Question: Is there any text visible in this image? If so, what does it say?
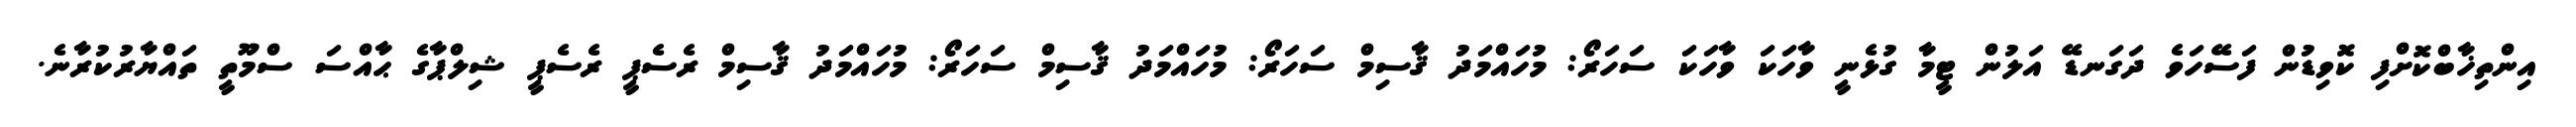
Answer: އިންތިޚާބްކޮށްފި ކޮވިޑުން ފަސޭހަވެ ދަގަނޑޭ އަލުން ޓީމާ ގުޅެނީ ވާހަކަ ވާހަކަ ސަހަރޯ: މުހައްމަދު ޤާސިމް ސަހަރޯ: މުހައްމަދު ޤާސިމް ސަހަރޯ: މުހައްމަދު ޤާސިމް ރެސެޕީ ރެސެޕީ ޝިލްޕާގެ ޙާއްސަ ސްމޫތީ ތައްޔާރުކުރާނެ.